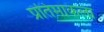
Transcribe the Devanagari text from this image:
प्रतिमाकला